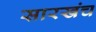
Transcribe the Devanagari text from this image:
सारखंच